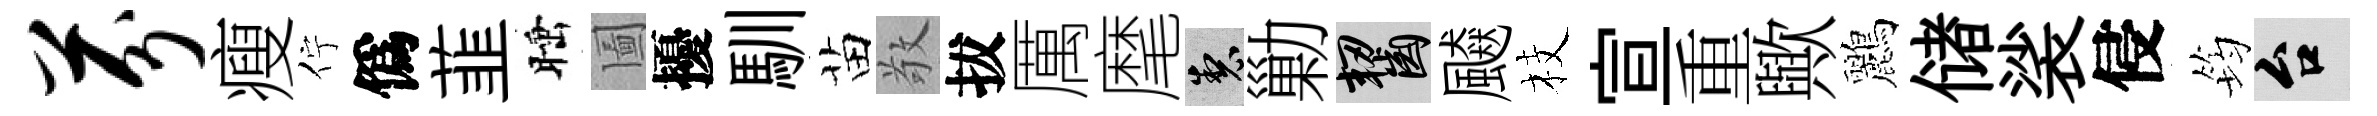
芬瘦佇僞韮睡圗擾馴苗敬拔厲麾製勦齧飇枝宣重歟鸝储裟侵筠台